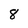
Character: 8